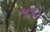
કદા